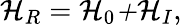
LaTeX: \mathcal{H}_{R}=\mathcal{H}_{0}\mathcal{+H}_{I},